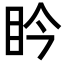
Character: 𥄯